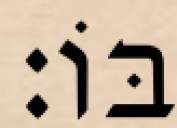
בּוֹ׃